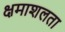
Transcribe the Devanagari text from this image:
क्षमाशलता